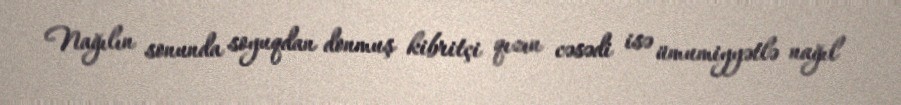
Nağılın sonunda soyuqdan donmuş kibritçi qızın cəsədi isə ümumiyyətlə nağıl